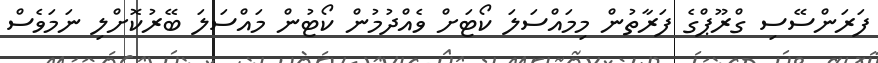
ފަރަންސޭސި ގްރޫޕްގެ ފަރާތުން މިމައްސަލަ ކޯޓަށް ވެއްދުމުން ކޯޓުން މައްސަލަ ބޭރުކޮށްލި ނަމަވެސް